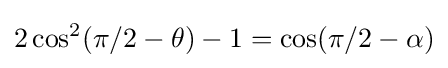
2\cos ^{2}(\pi /2-\theta )-1=\cos(\pi /2-\alpha )